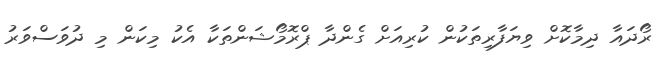
ރޯދައާ ދިމާކޮށް ވިޔަފާރިތަކުން ކުރިއަށް ގެންދާ ޕްރޮމޯޝަންތަކާ އެކު މިކަން މި ދުވަސްވަރު